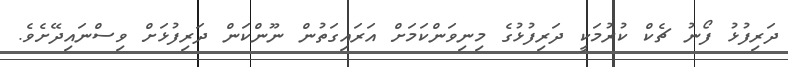
ދަރިފުޅު ފޯނު ޗެކް ކުރުމަކީ ދަރިފުޅުގެ މިނިވަންކަމަށް އަރައިގަތުން ނޫންކަން ދަރިފުޅަށް ވިސްނައިދޭށެވެ.